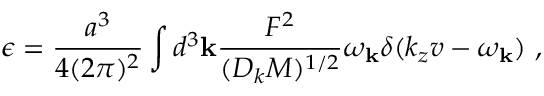
\epsilon = \frac { a ^ { 3 } } { 4 ( 2 \pi ) ^ { 2 } } \int { d ^ { 3 } { \bf k } \frac { F ^ { 2 } } { ( D _ { k } M ) ^ { 1 / 2 } } \omega _ { \bf k } \delta ( k _ { z } v - \omega _ { \bf k } ) } ~ ,